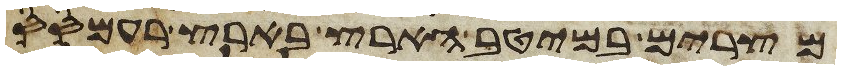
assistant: מצרים במיטב הארץ בארץ רעמסס